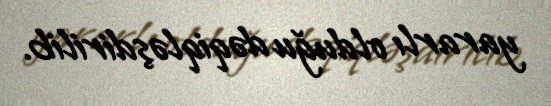
yararlı olduğu dəqiqləşdirilib.